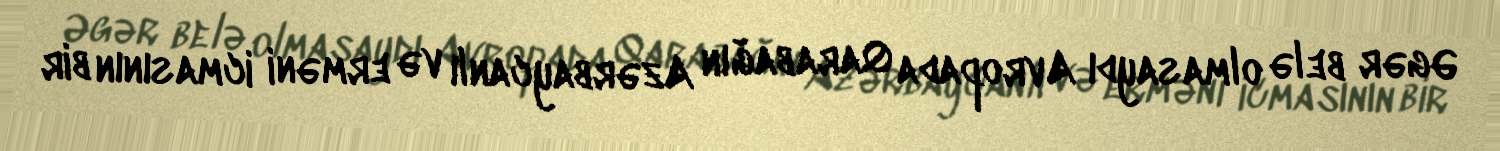
Əgər belə olmasaydı Avropada Qarabağın Azərbaycanlı və erməni icmasının bir